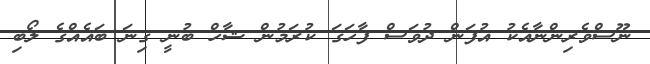
ނޫސްވެރިންނާއެކު އުފަން ދުވަސް ފާހަގަ ކުރަމުން ޝާހް ބުނީ ގިނަ ބައެއްގެ ލޯބި